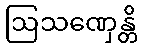
ဩသဏှေန္တိ